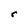
Character: r